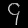
Digit: ၄